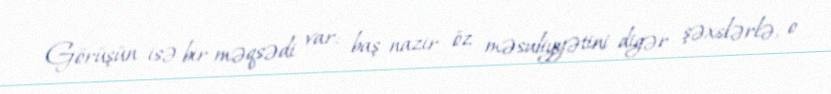
Görüşün isə bir məqsədi var: baş nazir öz məsuliyyətini digər şəxslərlə, o